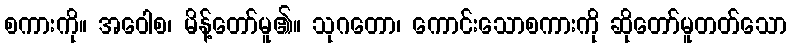
စကားကို။ အဝေါစ၊ မိန့်တော်မူ၏။ သုဂတော၊ ကောင်းသောစကားကို ဆိုတော်မူတတ်သော